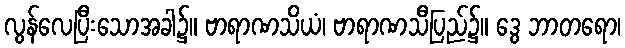
လွန်လေပြီးသောအခါ၌။ ဗာရာဏသိယံ၊ ဗာရာဏသီပြည်၌။ ဒွေ ဘာတရော၊